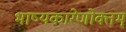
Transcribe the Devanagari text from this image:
भाष्यकारेणोक्तम्